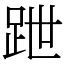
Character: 跇